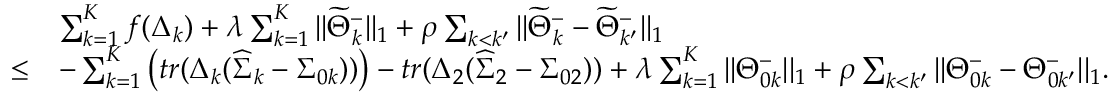
\begin{array} { r l } & { \sum _ { k = 1 } ^ { K } f ( \Delta _ { k } ) + \lambda \sum _ { k = 1 } ^ { K } | | \widetilde { \Theta } _ { k } ^ { - } | | _ { 1 } + \rho \sum _ { k < k ^ { \prime } } | | \widetilde { \Theta } _ { k } ^ { - } - \widetilde { \Theta } _ { k ^ { \prime } } ^ { - } | | _ { 1 } } \\ { \leq } & { - \sum _ { k = 1 } ^ { K } \left( t r ( \Delta _ { k } ( \widehat { \Sigma } _ { k } - \Sigma _ { 0 k } ) ) \right) - t r ( \Delta _ { 2 } ( \widehat { \Sigma } _ { 2 } - \Sigma _ { 0 2 } ) ) + \lambda \sum _ { k = 1 } ^ { K } | | \Theta _ { 0 k } ^ { - } | | _ { 1 } + \rho \sum _ { k < k ^ { \prime } } | | \Theta _ { 0 k } ^ { - } - \Theta _ { 0 k ^ { \prime } } ^ { - } | | _ { 1 } . } \end{array}